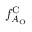
f _ { A _ { \mathrm { O } } } ^ { \mathrm { C } }